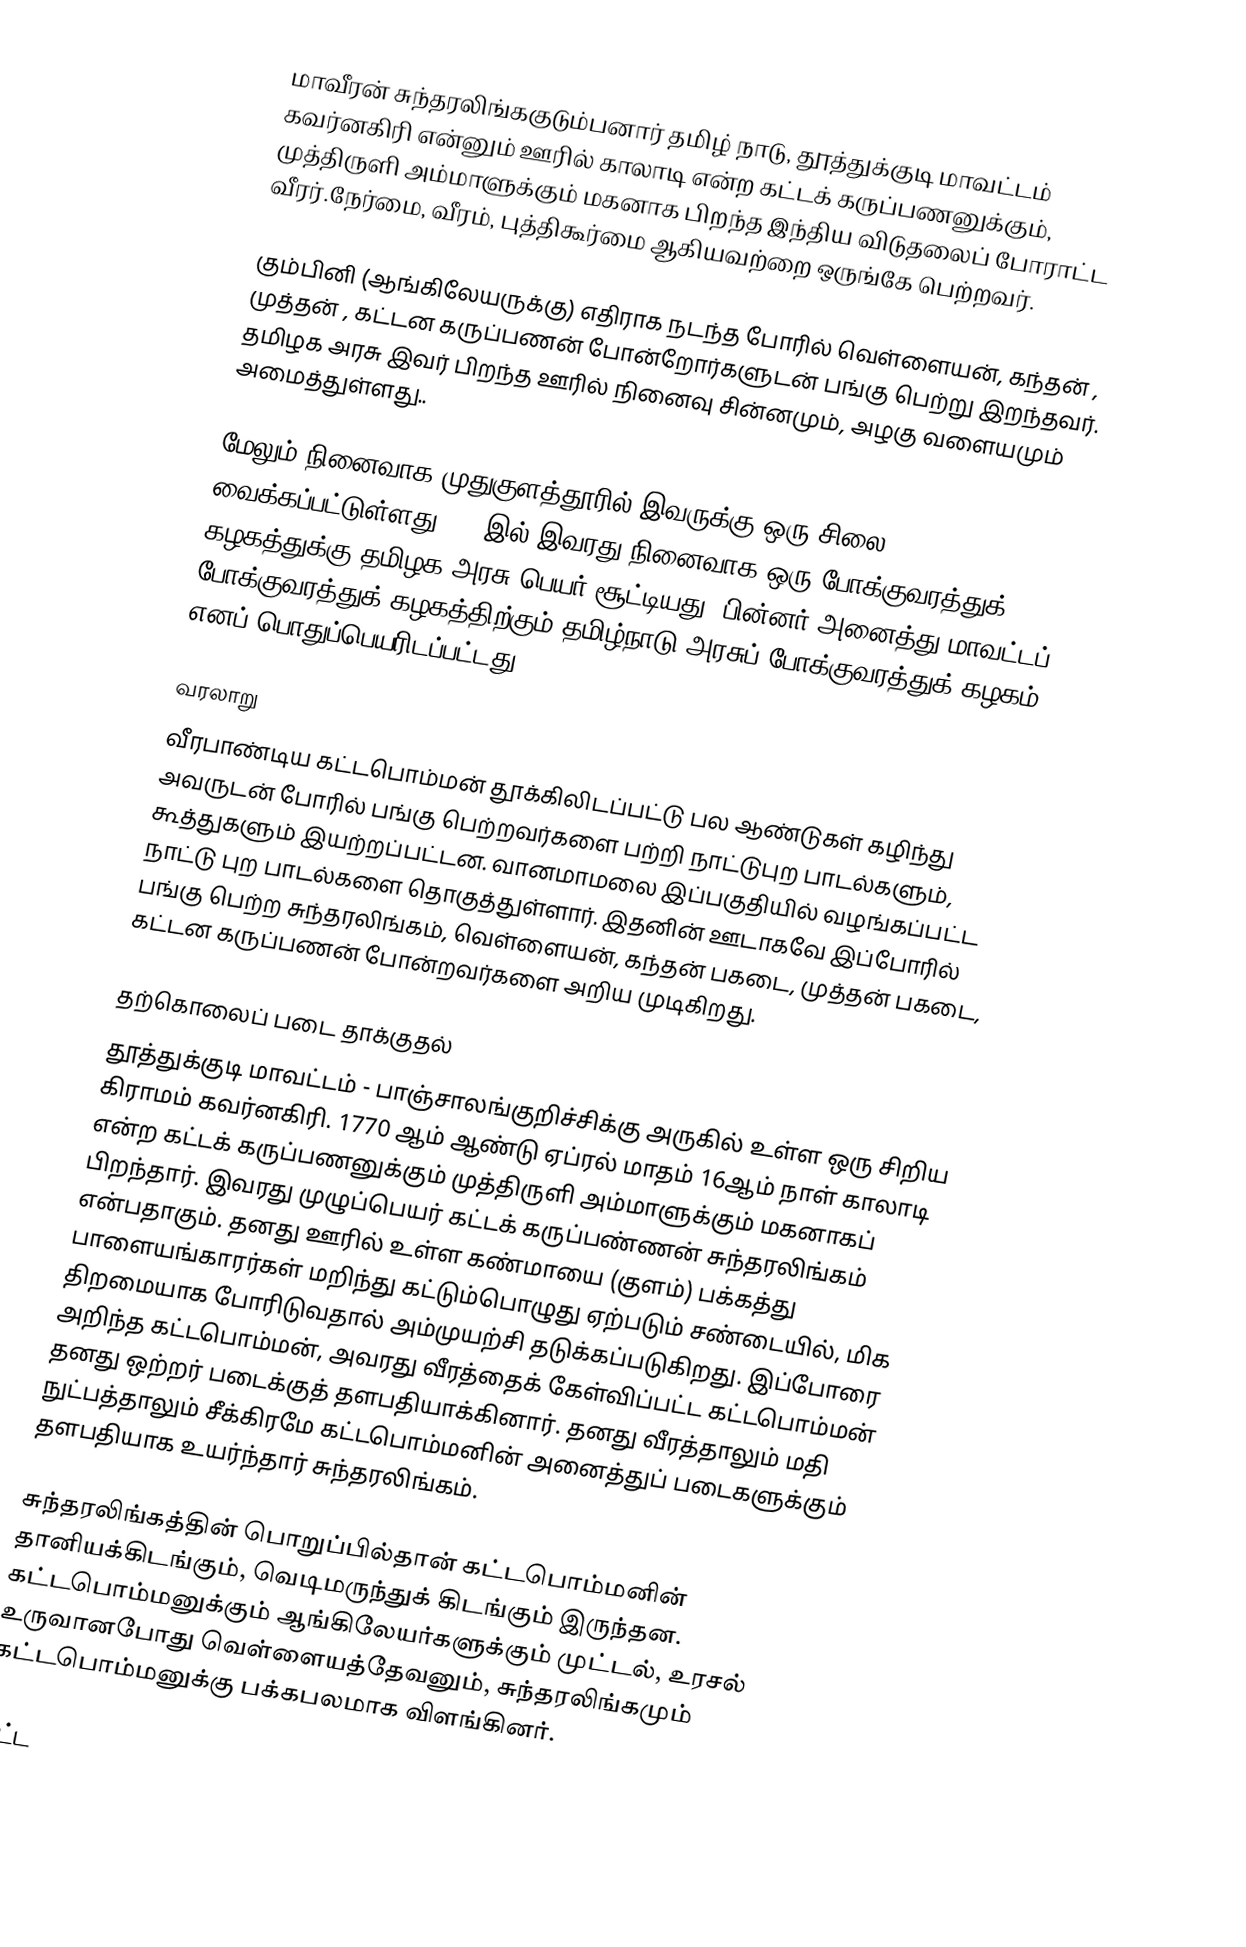
மாவீரன் சுந்தரலிங்ககுடும்பனார் தமிழ் நாடு, தூத்துக்குடி மாவட்டம்  கவர்னகிரி என்னும் ஊரில் காலாடி என்ற கட்டக் கருப்பணனுக்கும், முத்திருளி அம்மாளுக்கும் மகனாக பிறந்த இந்திய விடுதலைப் போராட்ட வீரர்.நேர்மை, வீரம், புத்திகூர்மை ஆகியவற்றை ஒருங்கே பெற்றவர்.

கும்பினி (ஆங்கிலேயருக்கு) எதிராக நடந்த போரில் வெள்ளையன், கந்தன் , முத்தன்  , கட்டன கருப்பணன் போன்றோர்களுடன் பங்கு பெற்று இறந்தவர். தமிழக அரசு இவர் பிறந்த ஊரில் நினைவு சின்னமும், அழகு வளையமும் அமைத்துள்ளது..

மேலும் நினைவாக முதுகுளத்தூரில் இவருக்கு ஒரு சிலை வைக்கப்பட்டுள்ளது.1997இல் இவரது நினைவாக ஒரு போக்குவரத்துக் கழகத்துக்கு தமிழக அரசு பெயர் சூட்டியது. பின்னர் அனைத்து மாவட்டப் போக்குவரத்துக் கழகத்திற்கும் தமிழ்நாடு அரசுப் போக்குவரத்துக் கழகம் எனப் பொதுப்பெயரிடப்பட்டது.

வரலாறு
வீரபாண்டிய கட்டபொம்மன் தூக்கிலிடப்பட்டு பல ஆண்டுகள் கழிந்து அவருடன் போரில் பங்கு பெற்றவர்களை பற்றி நாட்டுபுற பாடல்களும், கூத்துகளும் இயற்றப்பட்டன. வானமாமலை இப்பகுதியில் வழங்கப்பட்ட நாட்டு புற பாடல்களை தொகுத்துள்ளார். இதனின் ஊடாகவே இப்போரில் பங்கு பெற்ற சுந்தரலிங்கம், வெள்ளையன், கந்தன் பகடை, முத்தன் பகடை, கட்டன கருப்பணன் போன்றவர்களை அறிய முடிகிறது.

தற்கொலைப் படை தாக்குதல்
தூத்துக்குடி மாவட்டம் - பாஞ்சாலங்குறிச்சிக்கு அருகில் உள்ள ஒரு சிறிய கிராமம் கவர்னகிரி. 1770 ஆம் ஆண்டு ஏப்ரல் மாதம் 16ஆம் நாள் காலாடி என்ற கட்டக் கருப்பணனுக்கும் முத்திருளி அம்மாளுக்கும் மகனாகப் பிறந்தார். இவரது முழுப்பெயர் கட்டக் கருப்பண்ணன் சுந்தரலிங்கம் என்பதாகும். தனது ஊரில் உள்ள கண்மாயை (குளம்) பக்கத்து பாளையங்காரர்கள் மறிந்து கட்டும்பொழுது ஏற்படும் சண்டையில், மிக திறமையாக போரிடுவதால் அம்முயற்சி தடுக்கப்படுகிறது. இப்போரை அறிந்த கட்டபொம்மன், அவரது வீரத்தைக் கேள்விப்பட்ட கட்டபொம்மன் தனது ஒற்றர் படைக்குத் தளபதியாக்கினார். தனது வீரத்தாலும் மதி நுட்பத்தாலும் சீக்கிரமே கட்டபொம்மனின் அனைத்துப் படைகளுக்கும் தளபதியாக உயர்ந்தார் சுந்தரலிங்கம்.

சுந்தரலிங்கத்தின் பொறுப்பில்தான் கட்டபொம்மனின் தானியக்கிடங்கும், வெடிமருந்துக் கிடங்கும் இருந்தன. கட்டபொம்மனுக்கும் ஆங்கிலேயர்களுக்கும் முட்டல், உரசல் உருவானபோது வெள்ளையத்தேவனும், சுந்தரலிங்கமும் கட்டபொம்மனுக்கு பக்கபலமாக விளங்கினர்.

கட்ட